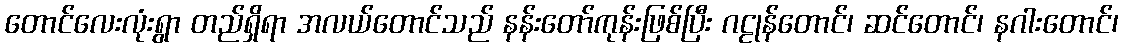
တောင်လေးလုံးရွာ တည်ရှိရာ အလယ်တောင်သည် နန်းတော်ကုန်းဖြစ်ပြီး ဂဠုန်တောင်၊ ဆင်တောင်၊ နဂါးတောင်၊